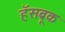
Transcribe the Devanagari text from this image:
हॅसब्रूक